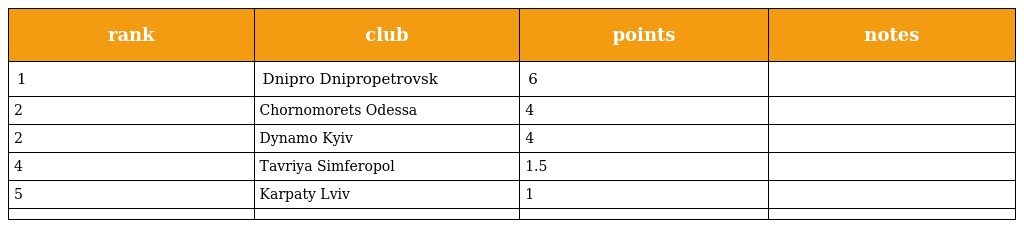
| rank | club | points | notes |
 | --- | --- | --- | --- |
 | 1 | Dnipro Dnipropetrovsk | 6 |  |
 | 2 | Chornomorets Odessa | 4 |  |
 | 2 | Dynamo Kyiv | 4 |  |
 | 4 | Tavriya Simferopol | 1.5 |  |
 | 5 | Karpaty Lviv | 1 |  |
 |  |  |  |  |